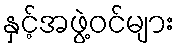
နှင့်အဖွဲ့ဝင်များ